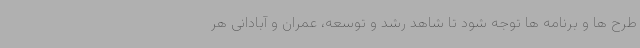
طرح ها و برنامه ها توجه شود تا شاهد رشد و توسعه، عمران و آبادانی هر